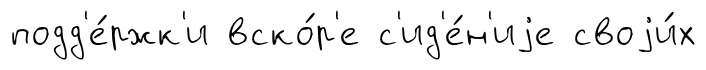
подд'е́ржк'и вско́р'е с'ид'е́н'иjе своjи́х